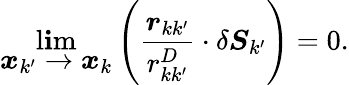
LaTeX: \operatorname*{l\mathbf{i}m}_{\displaystyle\boldsymbol{x}_{k^{\prime}}\rightarrow\boldsymbol{x}_{k}}\left(\frac{{\boldsymbol{r}_{kk^{\prime}}}}{{r_{kk^{\prime}}^{D}}}\cdot\delta\boldsymbol{S}_{k^{\prime}}\right)=0.